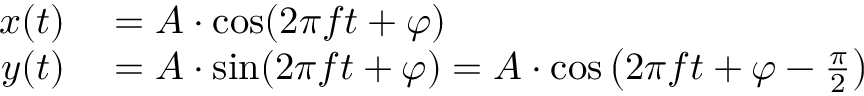
\begin{array} { r l } { x ( t ) } & { { } = A \cdot \cos ( 2 \pi f t + \varphi ) } \\ { y ( t ) } & { { } = A \cdot \sin ( 2 \pi f t + \varphi ) = A \cdot \cos \left( 2 \pi f t + \varphi - { \frac { \pi } { 2 } } \right) } \end{array}